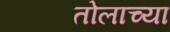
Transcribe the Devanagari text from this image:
तोलाच्या